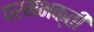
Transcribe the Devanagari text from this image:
परमभक्ती